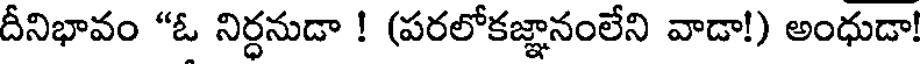
దీనిభావం "ఓ నిర్ధనుడా ! (పరలోకజ్ఞానంలేని వాడా!) అంధుడా!